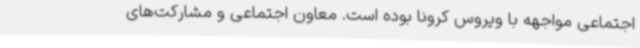
اجتماعی مواجهه با ویروس کرونا بوده است. معاون اجتماعی و مشارکت‌های